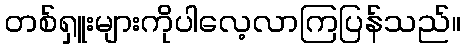
တစ်ရှူးများကိုပါလေ့လာကြပြန်သည်။